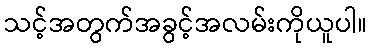
သင့်အတွက်အခွင့်အလမ်းကိုယူပါ။